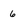
Character: 6